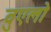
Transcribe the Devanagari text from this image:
वुएलो